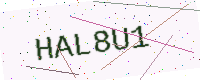
Text: HAL8U1